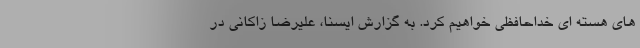
های هسته ای خداحافظی خواهیم کرد. به گزارش ایسنا، علیرضا زاکانی در